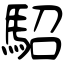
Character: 駋